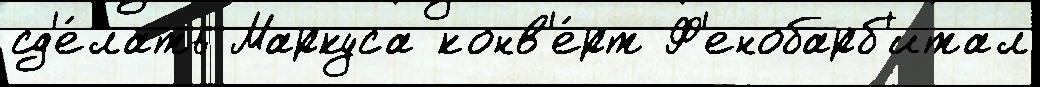
сд'е́лать Маркуса конв'е́рт Ф'енобарб'итал